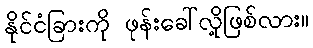
နိုင်ငံခြားကို ဖုန်းခေါ်လို့ဖြစ်လား။